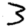
Digit: 3